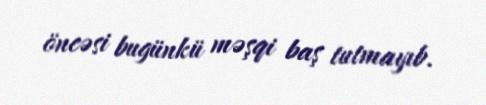
öncəsi bugünkü məşqi baş tutmayıb.